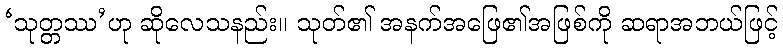
‘သုတ္တဿ’ဟု ဆိုလေသနည်း။ သုတ်၏ အနက်အဖြေ၏အဖြစ်ကို ဆရာအဘယ်ဖြင့်